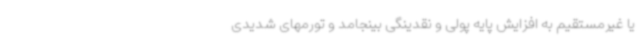
یا غیرمستقیم به افزایش پایه پولی و نقدینگی بینجامد و تورمهای شدیدی